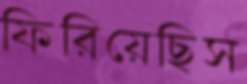
ফিরিয়েছিস